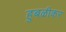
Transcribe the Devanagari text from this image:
हुबळीकर